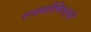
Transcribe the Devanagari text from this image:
राजवटीविरुद्धही